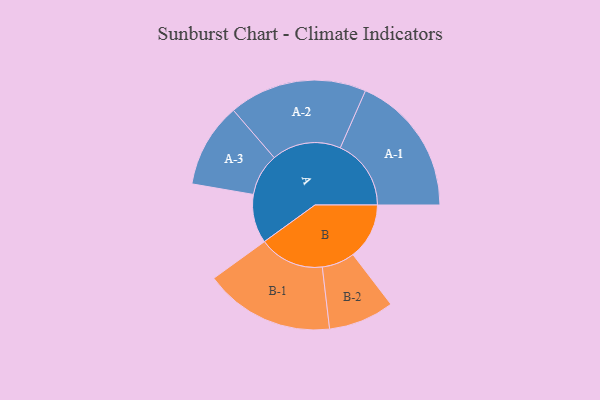
{"axis": {"x": "Segment", "y": "Value"}, "legend": ["", "A", "B"], "data": [{"x": "A", "y": 171, "type": ""}, {"x": "B", "y": 197, "type": ""}, {"x": "A-1", "y": 248, "type": "A"}, {"x": "A-2", "y": 242, "type": "A"}, {"x": "A-3", "y": 148, "type": "A"}, {"x": "B-1", "y": 228, "type": "B"}, {"x": "B-2", "y": 115, "type": "B"}]}